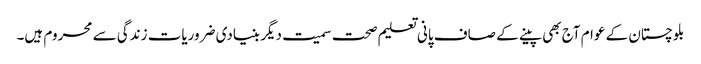
بلوچستان کے عوام آج بھی پینے کے صاف پانی تعلیم صحت سمیت دیگر بنیادی ضروریات زندگی سے محروم ہیں۔